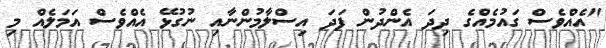
"އެއްވެސް ގައުމެއްގެ ދިދަ އެންދުން ފަދަ އިސްލާމުންނާއި ނުގުޅޭ އެއްވެސް އަމަލެއް މި